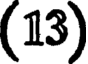
(13)